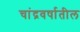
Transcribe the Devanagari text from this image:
चांद्रवर्षातील